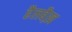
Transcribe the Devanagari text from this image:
हैलबैख़